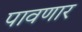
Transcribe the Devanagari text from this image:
पावणार